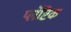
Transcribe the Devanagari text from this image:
प्लॅष्टिक